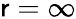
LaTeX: \mathsf{r}=\infty